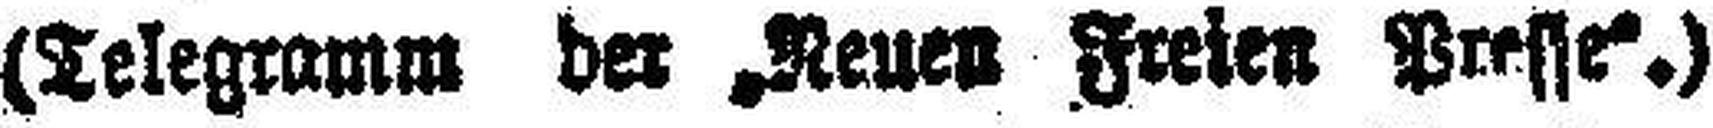
(Telegramm der „Neuen Freien Presse“.)